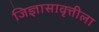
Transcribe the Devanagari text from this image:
जिज्ञासावृत्तीला